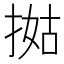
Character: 𢯐